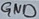
Text: GND